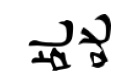
乩叱